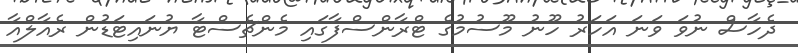
ދެހާސް ނުވަ ވަނަ އަހަރު ހޫނު މޫސުމުގެ ޓްރާންސްފާގައި މެންޗެސްޓާ ޔުނައިޓަޑުން ރެއާލްއާ